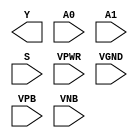
/**
 * Copyright 2020 The SkyWater PDK Authors
 *
 * Licensed under the Apache License, Version 2.0 (the "License");
 * you may not use this file except in compliance with the License.
 * You may obtain a copy of the License at
 *
 *     https://www.apache.org/licenses/LICENSE-2.0
 *
 * Unless required by applicable law or agreed to in writing, software
 * distributed under the License is distributed on an "AS IS" BASIS,
 * WITHOUT WARRANTIES OR CONDITIONS OF ANY KIND, either express or implied.
 * See the License for the specific language governing permissions and
 * limitations under the License.
 *
 * SPDX-License-Identifier: Apache-2.0
 */

`ifndef SKY130_FD_SC_HD__MUX2I_PP_BLACKBOX_V
`define SKY130_FD_SC_HD__MUX2I_PP_BLACKBOX_V

/**
 * mux2i: 2-input multiplexer, output inverted.
 *
 * Verilog stub definition (black box with power pins).
 *
 * WARNING: This file is autogenerated, do not modify directly!
 */

`timescale 1ns / 1ps
`default_nettype none

(* blackbox *)
module sky130_fd_sc_hd__mux2i (
    Y   ,
    A0  ,
    A1  ,
    S   ,
    VPWR,
    VGND,
    VPB ,
    VNB
);

    output Y   ;
    input  A0  ;
    input  A1  ;
    input  S   ;
    input  VPWR;
    input  VGND;
    input  VPB ;
    input  VNB ;
endmodule

`default_nettype wire
`endif  // SKY130_FD_SC_HD__MUX2I_PP_BLACKBOX_V